Annual administration report of the Civil Veterinary Department of India - 1906-1907
Year: 1906
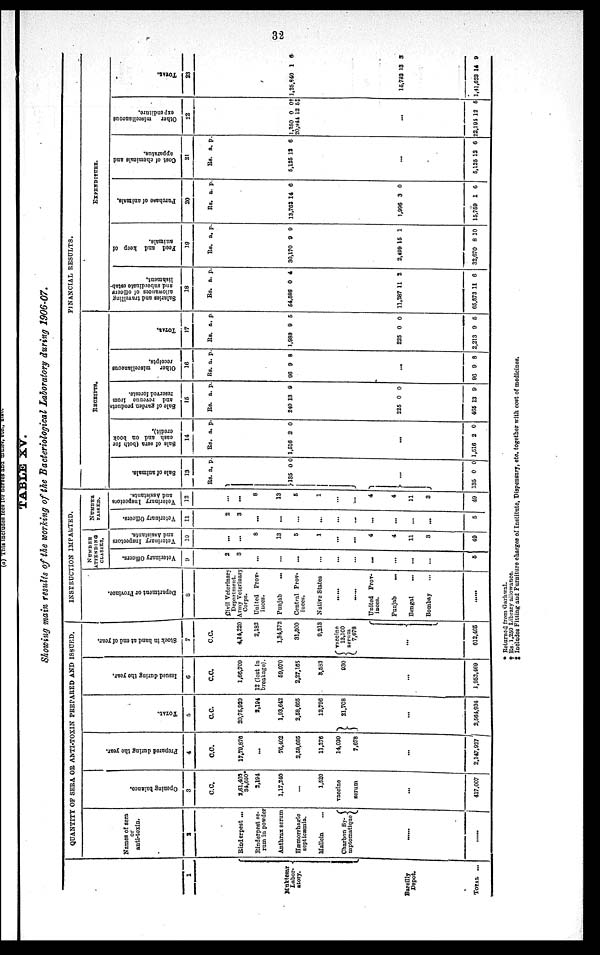
32
TABLE XV.
Showing main results of the working of the Bacteriological Laboratory during 1906-07.
1
Muktesar
Labor¬ {
atory.
Bareilly
Depot.
TOTAL ...
QUANTITY OF SERA OR ANTI-TOXIN PREPARED AND ISSUED.
Names of sera
or
anti-toxin.
2
Rinderpest ...
Rinderpest se-
rum in powder
Anthrax serum
Hæmorrhagic
septicæmia.
Mallein
...
Charbon Sy¬ {
mptomatique
......
......
Opening balance.
3
C.C.
3,61,403
34,650*
2,194
1,17,240
...
1,520
vaccine
serum
...
417,007
Prepared during the year.
4
C.C.
17,70,870
...
70,402
2,58,665
11,276
14,030
7,678
...
2,147,927
TOTAL.
5
C.C.
20,75,920
2,194
1,93,642
2,58,665
12,796
}21,768
...
2,564,934
Issued during the year.
6
C.C.
1,66,709
12 (lost in
breakage).
69,070
2,27,165
8,533
930
...
1,952,469
Stock in hand at end of year.
7
C.C.
4,14,220
2,182
1,34,572
31,500
9,213
vaccine
13,160
serum
7,678
612,465
INSTRUCTION IMPARTED.
Department or Province.
8
Civil Veterinary
Department.
Army Veterinary
Corps.
United Prov-
inces.
Punjab
...
Central Prov-
Native States
......
......
United Prov-
inces.
Punjab
...
Bengal ...
Bombay ...
NUMBER
ATTENDING
CLASSES.
Veterinary Officers.
9
2
3
...
...
...
...
...
...
...
...
...
...
5
Veterinary Inspectors
and Assistants.
10
...
...
8
13
5
1
...
...
4
4
11
3
49
NUMBER
PASSED.
Veterinary Officers.
11
2
3
...
...
...
...
...
...
...
...
...
...
5
Veterinary Inspectors
and Assistants.
12
...
8
13
5
1
...
...
4
4
11
3
49
FINANCIAL RESULTS.
RECEIPTS.
Sal e of animals.
13
Rs.
}135
}...
135
a.
0
...
0
p.
0
0
Sale of sera (both for
cash and on book
credit).
14
Rs.
1,516
1,516
a.
2
...
2
p.
0
0
Sale of garden products
and revenue f
r
om
reserved f or est s.
15
Rs.
240
225
465
a.
13
0
13
p.
9
0
9
Ot her miscellaneous
receipts.
16
Rs.
96
96
a.
9
...
9
p.
8
8
TOTAL.
17
Rs.
1,983
225
2,213
a
0
0
9
. p.
5
0
5
EXPENDITURE.
Sal ar i
es and travelling
allowances of officers
and subordinate estab-
l
i
s hment .
18
Rs.
54,586
11,287
65,873
a.
0
11
11
p.
4
2
6
Feed and keep of
animals.
19
Rs.
30,170
2,499 1
32,670
a.
9
5
8
p.
9
1
10
Pur c ha s e of animals.
20
Rs.
13,762
1,996
15,759
a.
14
3
1
p.
6
0
6
Cost of chemicals and
apparatus.
21
Rs.
5,125
5,125
a.
12
...
12
p.
6
6
Ot her miscellaneous
expenditure.
22
1,250
20,944
22,194
0
12
...
12
0†
5‡
5
TOTAL.
23
1,25,840
15,783
1,41,623
1
13
14
6
3
9
* Returned from Garhwal.
† Rs 1,250 Library allowance.
‡ Includes Fitting and Furniture charges of Institute, Dispensary, etc, together with cost of medicines.